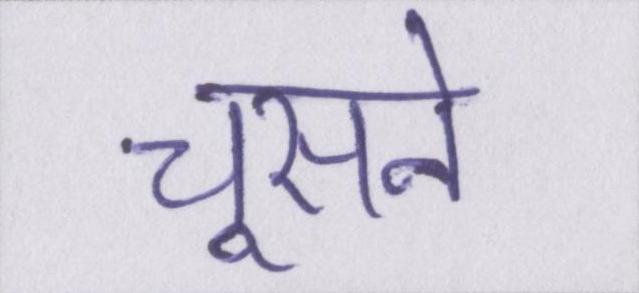
चूसने